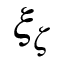
\xi _ { \zeta }